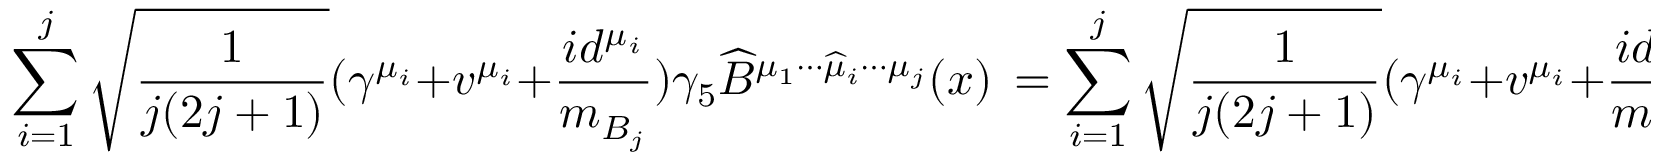
\mathop { \sum } _ { i = 1 } ^ { j } \sqrt { \frac { 1 } { j ( 2 j + 1 ) } } ( \gamma ^ { \mu _ { i } } + v ^ { \mu _ { i } } + \frac { i d ^ { \mu _ { i } } } { m _ { B _ { j } } } ) \gamma _ { 5 } { \widehat B } ^ { \mu _ { 1 } \cdots \widehat { \mu } _ { i } \cdots \mu _ { j } } ( x ) \, = \mathop { \sum } _ { i = 1 } ^ { j } \sqrt { \frac { 1 } { j ( 2 j + 1 ) } } ( \gamma ^ { \mu _ { i } } + v ^ { \mu _ { i } } + \frac { i d ^ { \mu _ { i } } } { m _ { B _ { j } } } ) \gamma _ { 5 } e ^ { i m _ { B _ { j } } v \cdot x } B ^ { \mu _ { 1 } \cdots \widehat { \mu } _ { i } \cdots \mu _ { j } } ( x ) ,